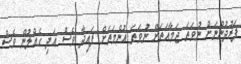
ފަރުދުންނަށް ނުވަތަ ޖަމާއަތަށް ނުވަތަ އުންމަތަށް ފައިދާ ވެސް އަދި ގެއްލުން ވެސް